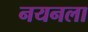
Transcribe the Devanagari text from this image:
नयनला